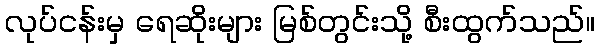
လုပ်ငန်းမှ ရေဆိုးများ မြစ်တွင်းသို့ စီးထွက်သည်။